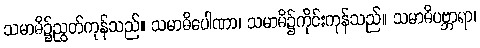
သမာဓိ၌ညွတ်ကုန်သည်။ သမာဓိပေါဏာ၊ သမာဓိ၌ကိုင်းကုန်သည်။ သမာဓိပဗ္ဘာရာ၊